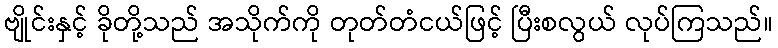
ဗျိုင်းနှင့် ခိုတို့သည် အသိုက်ကို တုတ်တံငယ်ဖြင့် ပြီးစလွယ် လုပ်ကြသည်။